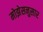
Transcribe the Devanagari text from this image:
मोझेसनुसार